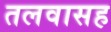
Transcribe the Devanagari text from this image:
तलवासह